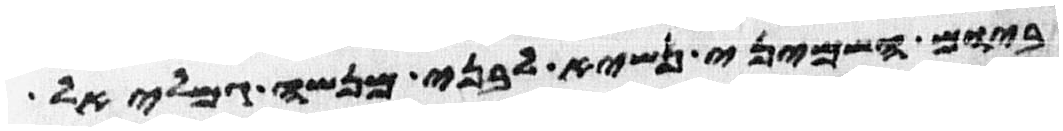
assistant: ביום השמיני נשיא לבני מנשה גמלאל